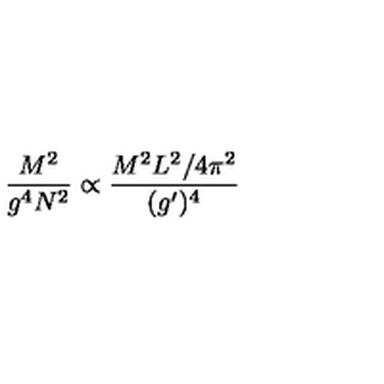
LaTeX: { \frac { M ^ { 2 } } { g ^ { 4 } N ^ { 2 } } } \propto { \frac { M ^ { 2 } L ^ { 2 } / 4 \pi ^ { 2 } } { ( g ^ { \prime } ) ^ { 4 } } }